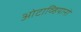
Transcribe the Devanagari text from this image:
ओटाव्हियानो